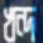
খন্দ